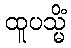
ထူပသ္မိံ